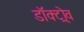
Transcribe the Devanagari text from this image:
डॉक्ट्रोव